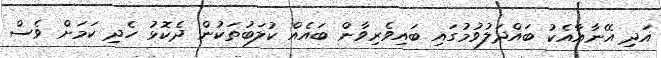
އަދި އޭނާއާއެކު ބައްދަލުވުމުގައި ބައިވެރިވާން ބައެއް ކުލަބުތަކުން ދެކޮޅު ހެދި ކަމަށް ވެސް